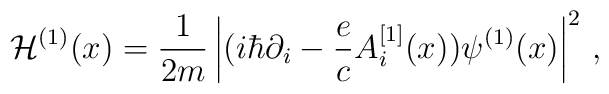
{\cal H}^{(1)} (x)=  {1 \over 2m} \left| (i \hbar \partial_i -{e\over c} A_i^{[1]}(x) )\psi^{(1)}(x) \right|^2\,,